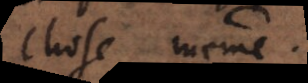
chose même.